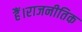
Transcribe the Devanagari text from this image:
हैं।राजनीतिक